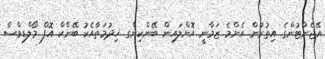
އޭޖެންޓުންގެ އިތުރުން އެންމެ ޒަމާނީ އޮންލައިން ބޭންކިންގ ޚިދުމަތާއެކު ބޭންކް އޮފް މޯލްޑިވްސް